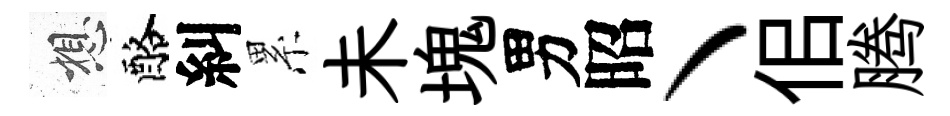
想酪糾累未塊男昭丶佀腾